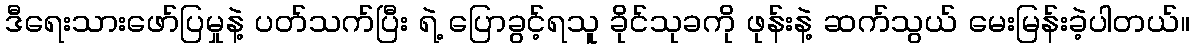
ဒီရေးသားဖော်ပြမှုနဲ့ ပတ်သက်ပြီး ရဲ့ ပြောခွင့်ရသူ ခိုင်သုခကို ဖုန်းနဲ့ ဆက်သွယ် မေးမြန်းခဲ့ပါတယ်။